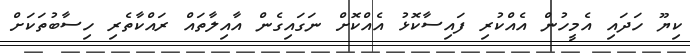
ކިޔޫ ހަދައި އެމީހުން އެއްކުރި ފައިސާކޮޅު އެއްކޮށް ނަގައިގެން އާއިލާތައް ރައްކާތެރި ހިސާބުތަކަށް